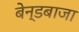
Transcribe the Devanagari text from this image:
बेन्डबाजा